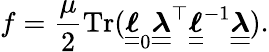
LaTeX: f=\frac{\mu}{2}\textnormal{Tr}(\boldsymbol{\underline{{\underline{{\ell}}}}}_{0}\boldsymbol{\underline{{\underline{{\lambda}}}}}^{\top}\boldsymbol{\underline{{\underline{{\ell}}}}}^{-1}\boldsymbol{\underline{{\underline{{\lambda}}}}}).